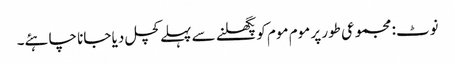
نوٹ: مجموعی طور پر موم موم کو پگھلنے سے پہلے کچل دیا جانا چاہئے۔